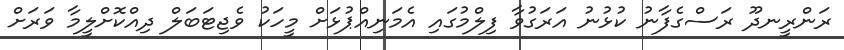
ރަންރީނދޫ ރަސްގެފާނު ކުޅުނު އަރަގުވާ ފިލްމުގައި އެމަނިއްޕުޅަށް މީހަކު ވެޖިޓަބަލް ދިއްކޮށްލީމާ ވަރަށް